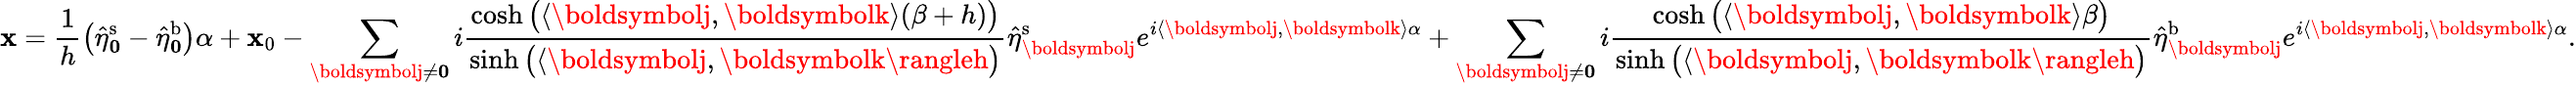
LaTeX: \mathbf{x}=\frac{{1}}{{h}}\big(\hat{{\eta}}_{\boldsymbol0}^{\mathrm{{s}}}-\hat{{\eta}}_{\boldsymbol0}^{\mathrm{{b}}}\big)\alpha+\mathbf{x}_{0}-\sum_{\boldsymbolj\neq\boldsymbol0}i\frac{{\cosh\big(\langle\boldsymbolj,\boldsymbolk\rangle(\beta+h)\big)}}{{\sinh\big(\langle\boldsymbolj,\boldsymbolk\rangleh\big)}}\hat{{\eta}}_{\boldsymbolj}^{\mathrm{{s}}}e^{i\langle\boldsymbolj,\boldsymbolk\rangle\alpha}+\sum_{\boldsymbolj\neq\boldsymbol0}i\frac{{\cosh\big(\langle\boldsymbolj,\boldsymbolk\rangle\beta\big)}}{{\sinh\big(\langle\boldsymbolj,\boldsymbolk\rangleh\big)}}\hat{{\eta}}_{\boldsymbolj}^{\mathrm{{b}}}e^{i\langle\boldsymbolj,\boldsymbolk\rangle\alpha}.